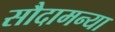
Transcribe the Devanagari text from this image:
सौदामन्या